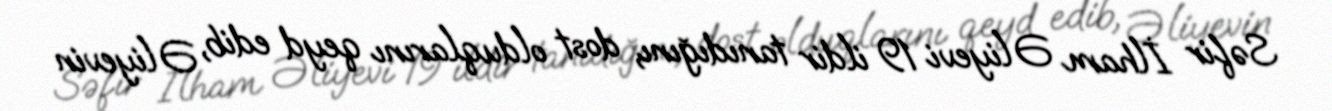
Səfir İlham Əliyevi 19 ildir tanıdığını, dost olduqlarını qeyd edib, Əliyevin